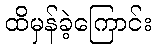
ထိမှန်ခဲ့ကြောင်း